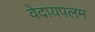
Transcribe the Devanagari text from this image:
वेदायपलम